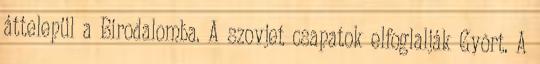
áttelepül a Birodalomba. A szovjet csapatok elfoglalják Gyõrt. A